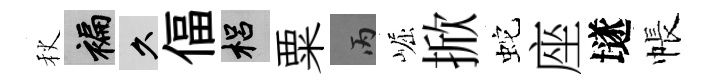
秋褊久偪梠粟丙崛掀蛇座𡑞帳